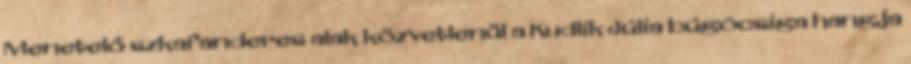
Menetelő szkafanderes alak közvetlenül a Kudlik Júlia búgócsiga hangja